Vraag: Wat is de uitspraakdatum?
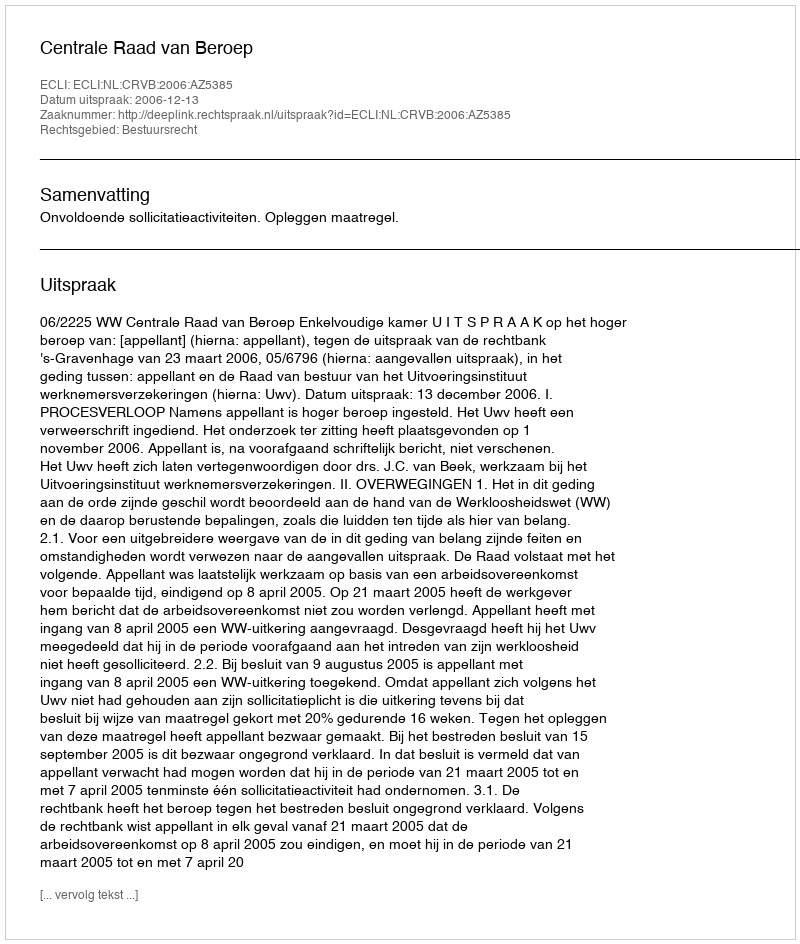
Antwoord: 2006-12-13